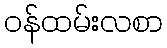
ဝန်ထမ်းလစာ